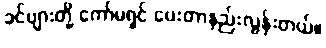
ခင်ဗျားတို့ ကော်မရှင် ပေးတာနည်းလွန်းတယ်။